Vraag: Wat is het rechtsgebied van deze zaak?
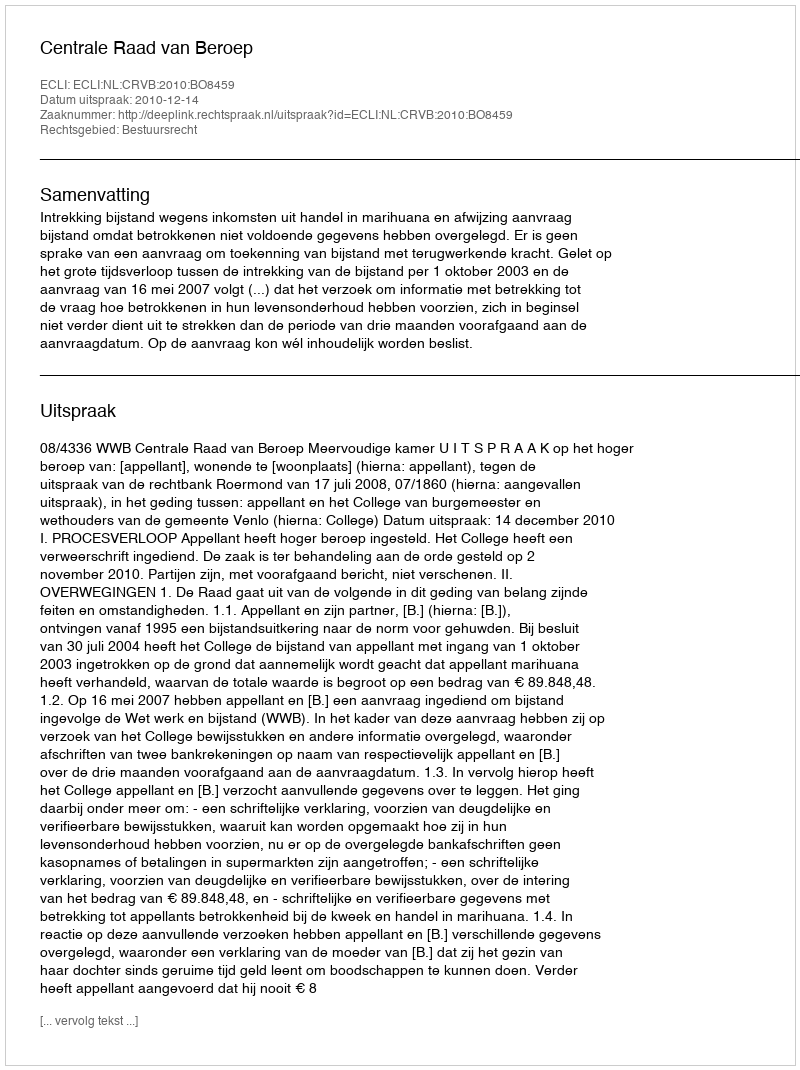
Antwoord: Bestuursrecht